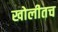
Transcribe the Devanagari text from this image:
खोलीतच